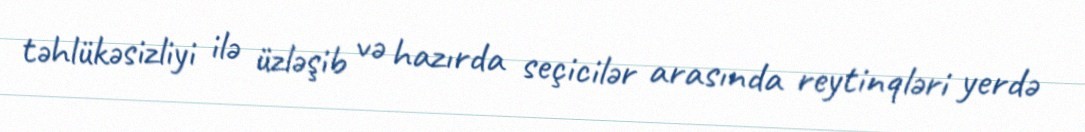
təhlükəsizliyi ilə üzləşib və hazırda seçicilər arasında reytinqləri yerdə